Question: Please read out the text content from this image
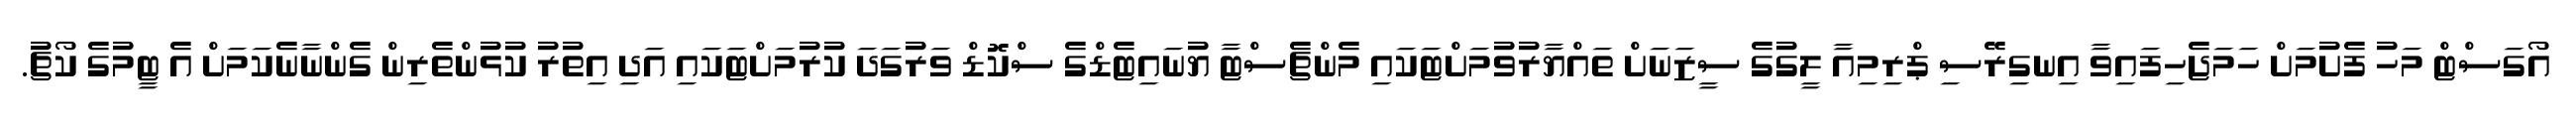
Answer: އޯގަސްޓް މަހު ފެށުމަށް ހަމަޖެހިފައިވާ އިނގިރޭސި ޕްރިމިއާ ލީގުގެ ސީޒަނަށް ތައްޔާރުވުމަށްޓަކައި މެންޗެސްޓާ ޔުނައިޓެޑްގެ ސްކޮޑް ވަރުގަދަ ކުރުމަށްޓަކައި އަދި އިތުރު ކުޅުންތެރިން ގެންނާނެކަމަށް އެ ޓީމުގެ ކޯޗު.